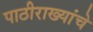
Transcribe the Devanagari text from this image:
पाठीराख्यांचे